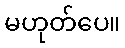
မဟုတ်ပေ။